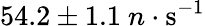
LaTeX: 54.2\pm 1.1~n\cdot\mathrm{s^{-1}}